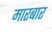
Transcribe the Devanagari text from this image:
मारबार